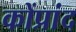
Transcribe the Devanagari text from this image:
कोंप्रांद